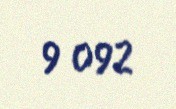
9 092